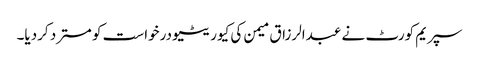
سپریم کورٹ نے عبدالرزاق میمن کی کیوریٹیو درخواست کو مسترد کردیا۔